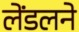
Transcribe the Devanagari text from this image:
लेंडलने